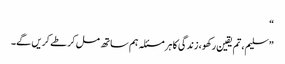
“
”سلیم، تم یقین رکھو، زندگی کا ہر مسئلہ ہم ساتھ مل کر طے کریں گے۔